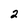
Character: 2